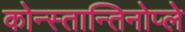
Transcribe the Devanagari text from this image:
कोन्स्तान्तिनोप्ले